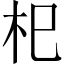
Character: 𣏌